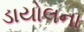
ડાયોલના